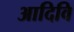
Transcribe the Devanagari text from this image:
आदिवि